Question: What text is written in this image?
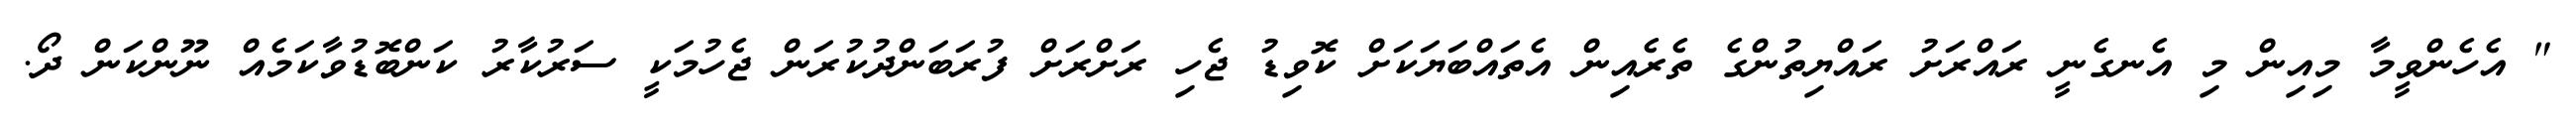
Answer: " އެހެންވީމާ މިއިން މި އެނގެނީ ރައްރަށު ރައްޔިތުންގެ ތެރެއިން އެތައްބަޔަކަށް ކޮވިޑު ޖެހި ރަށްރަށް ފުރަބަންދުކުރަން ޖެހުމަކީ ސަރުކާރު ކަންބޮޑުވާކަމެއް ނޫންކަން ދޯ.